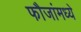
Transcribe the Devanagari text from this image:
फौजांमध्ये